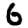
Digit: 6